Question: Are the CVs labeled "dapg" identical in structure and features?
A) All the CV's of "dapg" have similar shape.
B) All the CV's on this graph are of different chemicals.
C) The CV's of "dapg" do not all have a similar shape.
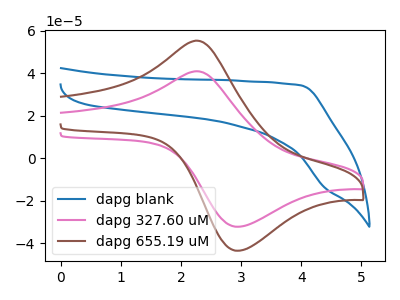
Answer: <think>The blue curve "dapg blank" has no peaks. The pink curve "dapg 327.60 uM" has an anodic peak at (2.25V, 41.05uA) and a cathodic peak at (2.95V, -32.20uA). The brown curve "dapg 655.19 uM" has an anodic peak at (2.25V, 55.45uA) and a cathodic peak at (2.95V, -43.50uA).
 "dapg blank" and "dapg 327.60 uM" have a different number of peaks. "dapg blank" and "dapg 655.19 uM" have a different number of peaks. All the peaks in "dapg 327.60 uM" have a peak in "dapg 655.19 uM" at the same potential. Every peak in "dapg 327.60 uM" is lower than every peak in "dapg 655.19 uM".</think>
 <answer>A) All the CV's of "dapg" have similar shape.</answer>
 <eval>A</eval>